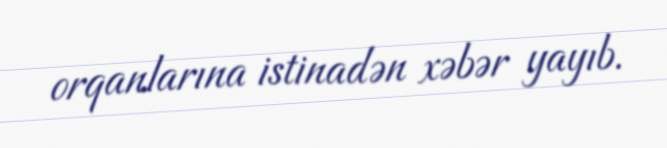
orqanlarına istinadən xəbər yayıb.